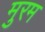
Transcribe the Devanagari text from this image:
मुरम